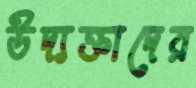
উদ্যক্তাদের